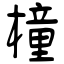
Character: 橦